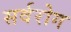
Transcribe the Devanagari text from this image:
सर्वरोग